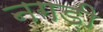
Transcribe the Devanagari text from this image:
नगड़ी